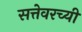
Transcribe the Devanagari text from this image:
सत्तेवरच्यी